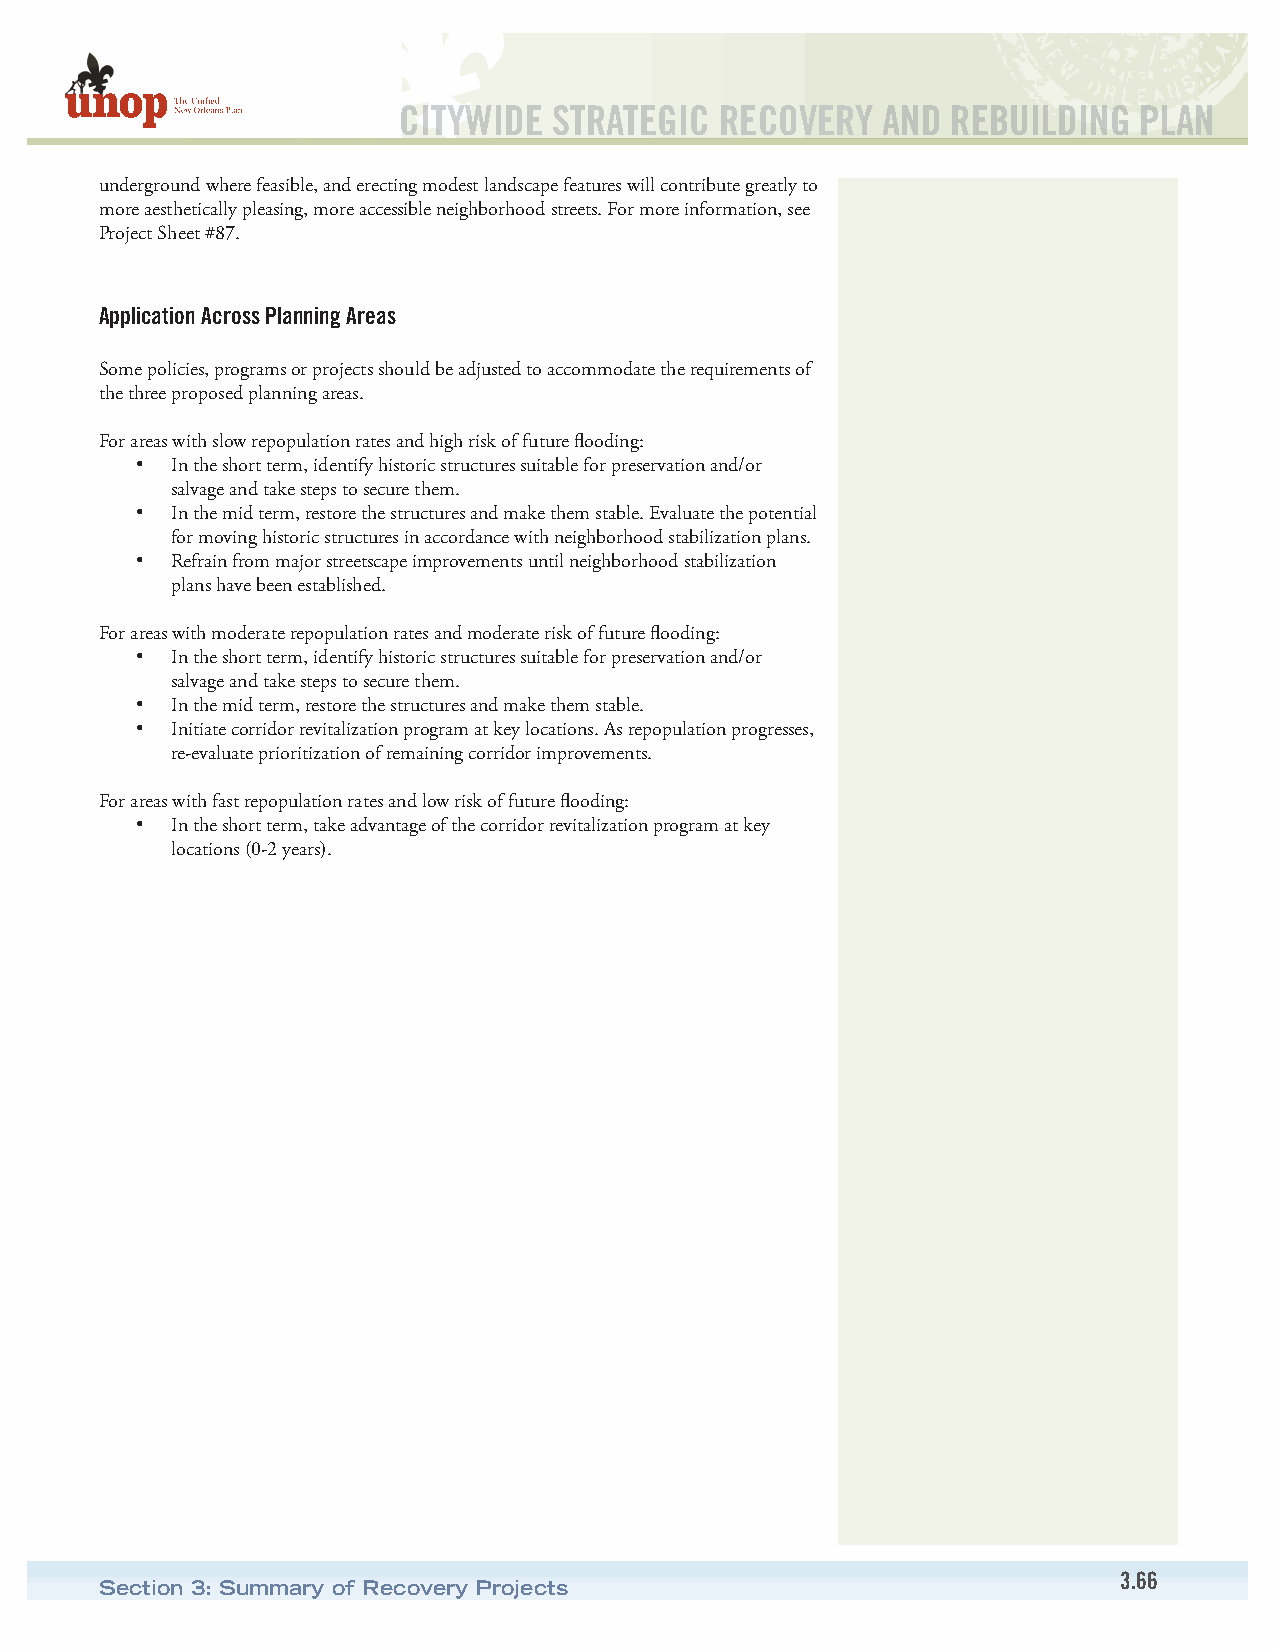
CITYWIDE   STRATEGIC  RECOVERY  AND  REBUILDING  PLAN
 underground where feasible, and erecting modest landscape features will contribute greatly to
 more aesthetically pleasing, more accessible neighborhood streets. For more information, see
 Project Sheet #87.
 Application Across Planning Areas
 Some policies, programs or projects should be adjusted to accommodate the requirements of
 the three proposed planning areas.
 For areas with slow repopulation rates and high risk of future flooding:
 • In the short term, identify historic structures suitable for preservation and/or
 salvage and take steps to secure them.
 • In the mid term, restore the structures and make them stable. Evaluate the potential
 for moving historic structures in accordance with neighborhood stabilization plans.
 • Refrain from major streetscape improvements until neighborhood stabilization
 plans have been established.
 For areas with moderate repopulation rates and moderate risk of future flooding:
 • In the short term, identify historic structures suitable for preservation and/or
 salvage and take steps to secure them.
 • In the mid term, restore the structures and make them stable.
 • Initiate corridor revitalization program at key locations. As repopulation progresses,
 re-evaluate prioritization of remaining corridor improvements.
 For areas with fast repopulation rates and low risk of future flooding:
 • In the short term, take advantage of the corridor revitalization program at key
 locations (0-2 years).
 3.66
 Section 3: Summary of Recovery Projects